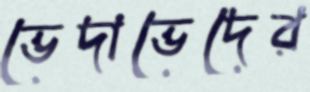
ভেদাভেদের